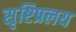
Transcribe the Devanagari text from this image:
सृष्टिप्रलय